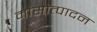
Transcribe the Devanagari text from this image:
मांसोत्पादन